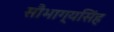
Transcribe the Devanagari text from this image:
सौभाग्यसिंह